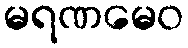
မရဏမေဝ